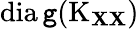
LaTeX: \operatorname{dia\mathtt{g}}(\operatorname{K}_{\mathbf{{X}}\mathbf{{X}}})